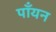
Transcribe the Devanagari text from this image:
पाँयन